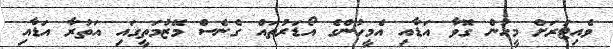
ވެއިޓަރަށް މީހުން ގޮވާ އަޑާއި އެމީހުންގެ އޯޑަރުތައް ގެނެސް މޭޒުމަތީގައި އަތުރާ އަޑާއި